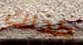
كذلك